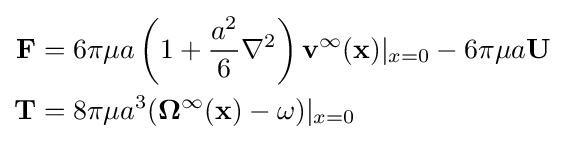
{\begin{aligned}\mathbf {F} &=6\pi \mu a\left(1+{\frac {a^{2}}{6}}\nabla ^{2}\right)\mathbf {v} ^{\infty }(\mathbf {x} )|_{x=0}-6\pi \mu a\mathbf {U} \\\mathbf {T} &=8\pi \mu a^{3}(\mathbf {\Omega } ^{\infty }(\mathbf {x} )-\mathbf {\omega } )|_{x=0}\end{aligned}}